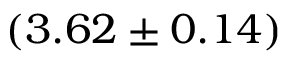
( 3 . 6 2 \pm 0 . 1 4 )